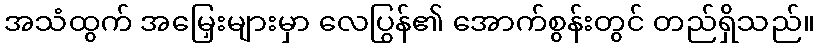
အသံထွက် အမြှေးများမှာ လေပြွန်၏ အောက်စွန်းတွင် တည်ရှိသည်။